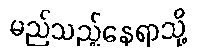
မည်သည့်နေရာသို့